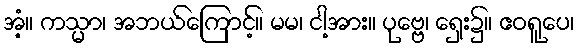
အံ့။ ကသ္မာ၊ အဘယ်ကြောင့်။ မမ၊ ငါ့အား။ ပုဗ္ဗေ၊ ရှေး၌။ ဧဝရူပေ၊